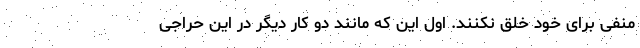
منفی برای خود خلق نکنند. اول این که مانند دو کار دیگر در این حراجی